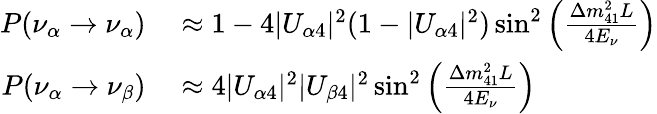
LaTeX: \begin{array}{rl}{P(\nu_{\alpha}\to\nu_{\alpha})}&{{}\approx 1-4|U_{\alpha 4}|^{2}(1-|U_{\alpha 4}|^{2})\sin^{2}\left(\frac{\Delta m_{41}^{2}L}{4E_{\nu}}\right)}\\ {P(\nu_{\alpha}\to\nu_{\beta})}&{{}\approx 4|U_{\alpha 4}|^{2}|U_{\beta 4}|^{2}\sin^{2}\left(\frac{\Delta m_{41}^{2}L}{4E_{\nu}}\right)}\end{array}